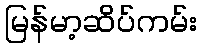
မြန်မာ့ဆိပ်ကမ်း